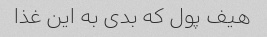
هیف پول که بدی به این غذا